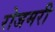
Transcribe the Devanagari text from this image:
रोजमरी